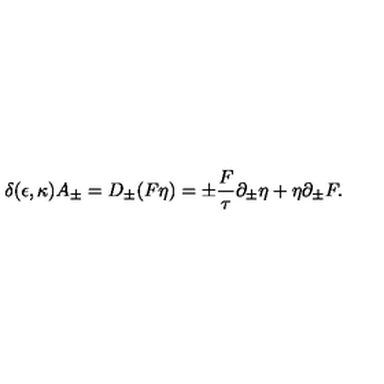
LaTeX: \delta ( \epsilon , \kappa ) A _ { \pm } = D _ { \pm } ( F \eta ) = \pm { \frac { F } { \tau } } \partial _ { \pm } \eta + \eta \partial _ { \pm } F .